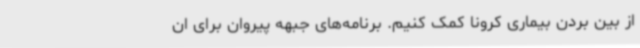
از بین بردن بیماری کرونا کمک کنیم. برنامه‌های جبهه پیروان برای ان